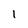
Character: 1